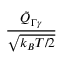
\frac { { { \tilde { Q } } _ { \Gamma \gamma } } } { \sqrt { k _ { B } T / 2 } }